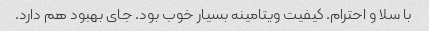
با سلا و احترام. کیفیت ویتامینه بسیار خوب بود. جای بهبود هم دارد.